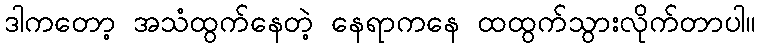
ဒါကတော့ အသံထွက်နေတဲ့ နေရာကနေ ထထွက်သွားလိုက်တာပါ။